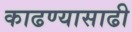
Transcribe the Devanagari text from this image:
काढण्यासाढी